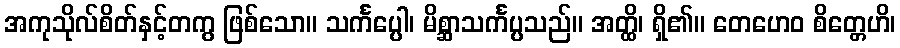
အကုသိုလ်စိတ်နှင့်တကွ ဖြစ်သော။ သင်္ကပ္ပေါ၊ မိစ္ဆာသင်္ကပ္ပသည်။ အတ္ထိ၊ ရှိ၏။ တေဟေဝ စိတ္တေဟိ၊